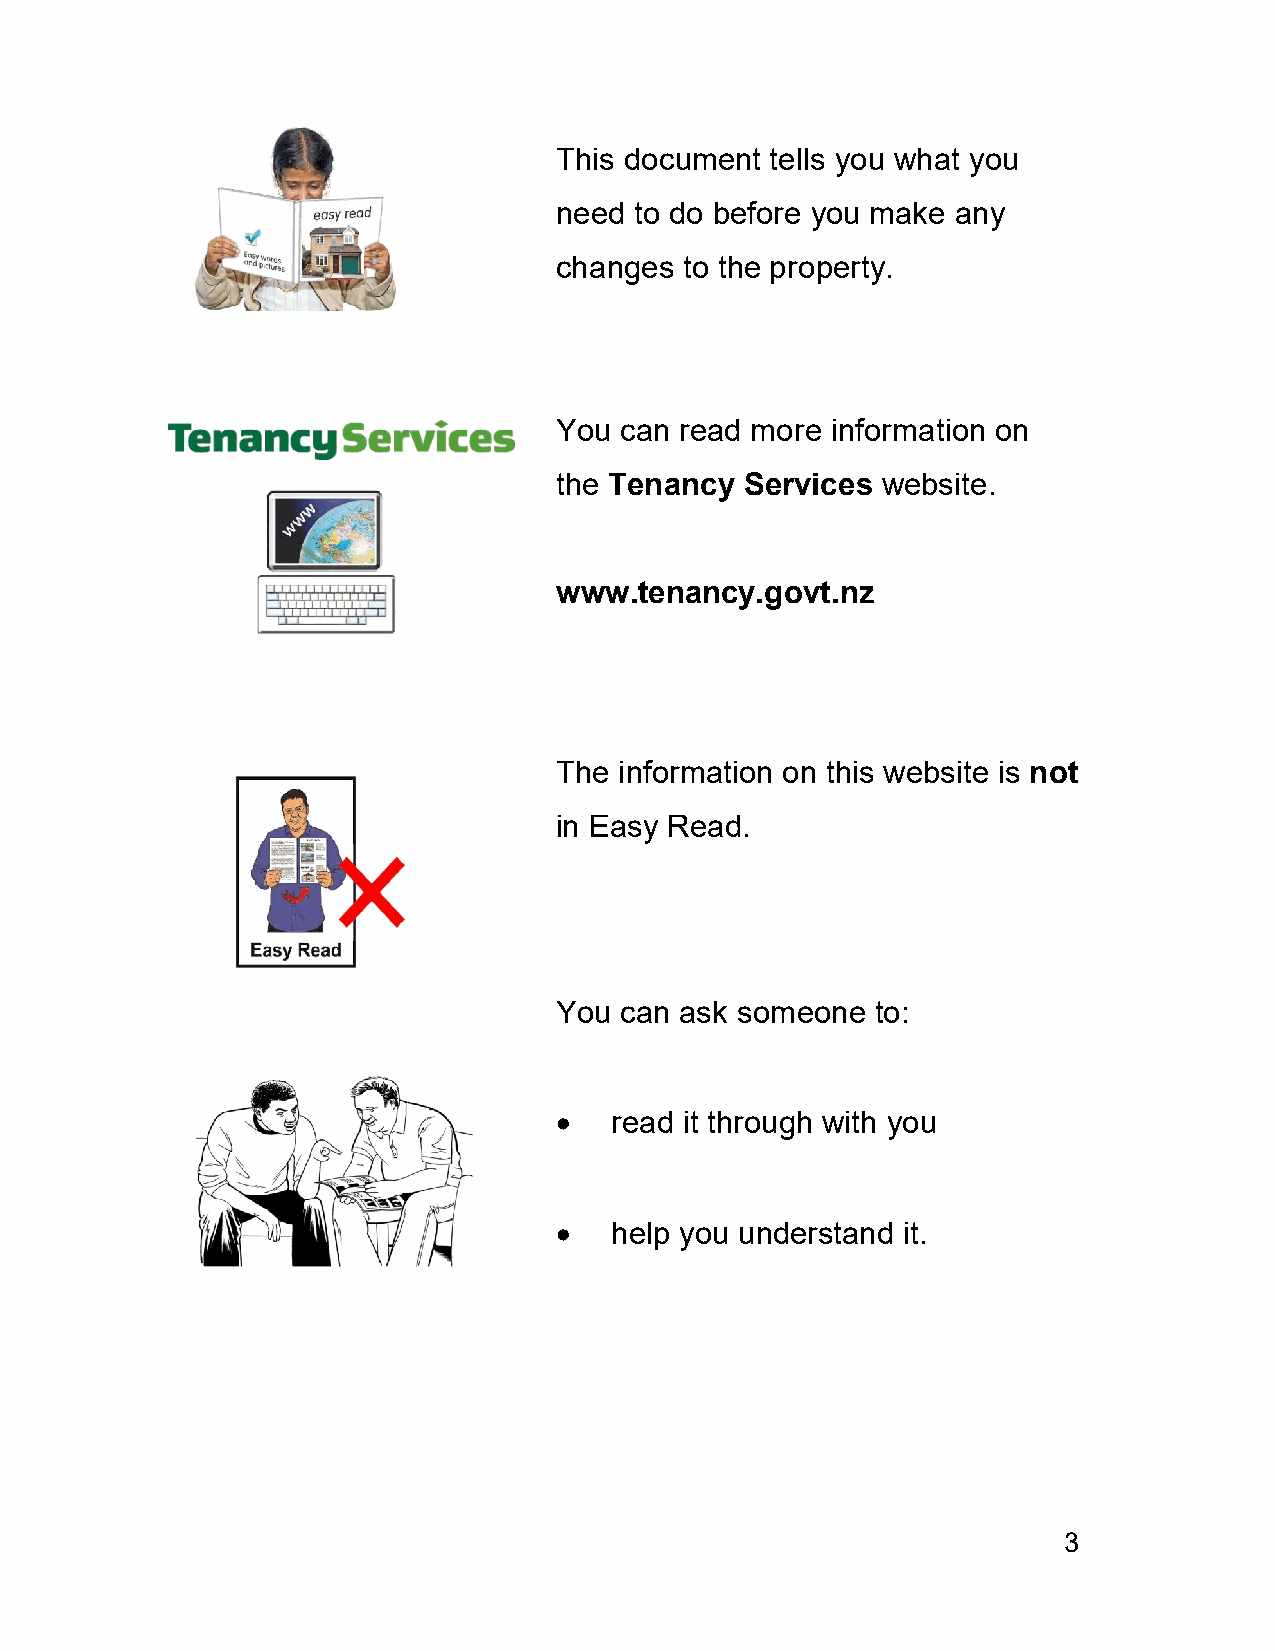
This document tells you what you
 need to do before you make any
 changes to the property.
 You can read more information on
 the Tenancy Services website.
 www.tenancy.govt.nz
 The information on this website is not
 in Easy Read.
 You can ask someone  to:
   read it through with you
   help you understand it.
 3